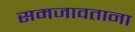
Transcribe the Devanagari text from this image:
समजावताना